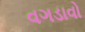
વગડાવો